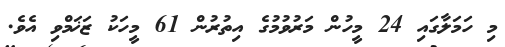
މި ހަމަލާގައި 24 މީހުން މަރުވުމުގެ އިތުރުން 61 މީހަކު ޒަޚަމްވި އެވެ.